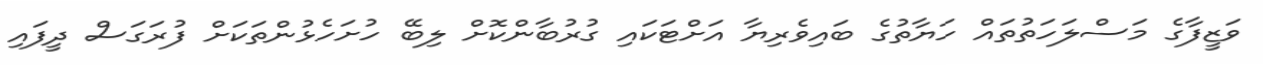
ވަޒީފާގެ މަސްލަހަތުތައް ހަޔާތުގެ ބައިވެރިޔާ އަށްޓަކައި ގުރުބާންކޮށް ލިބޭ ހުށަހެޅުންތަކަށް ފުރަގަސް ދީފައި